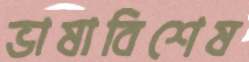
ভাষাবিশেষ